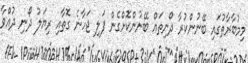
މިމުބާރާތުގައި ބޭނުންކުރާ ދޯނިތައް ބޭނުންކޮށްގެން ފަލި ޖަހާނެ ގޮތާއި ރިޔަލު ދޯނި ދުއްވާ